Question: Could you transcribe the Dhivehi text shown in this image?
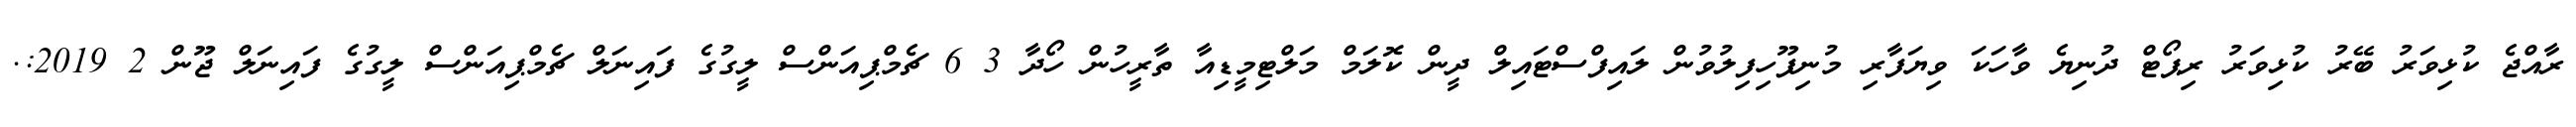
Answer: ރާއްޖެ ކުޅިވަރު ބޭރު ކުޅިވަރު ރިޕޯޓް ދުނިޔެ ވާހަކަ ވިޔަފާރި މުނިފޫހިފިލުވުން ލައިފްސްޓައިލް ދީން ކޮލަމް މަލްޓިމީޑިއާ ތާރީހުން ހޯދާ 3 6 ޗެމްޕިއަންސް ލީގުގެ ފައިނަލް ޗެމްޕިއަންސް ލީގުގެ ފައިނަލް ޖޫން 2 2019:.